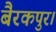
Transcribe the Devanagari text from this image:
बैरकपुर।